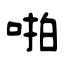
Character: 啪